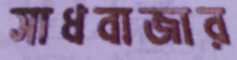
সাধবাজার